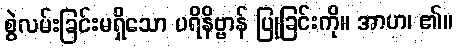
စွဲလမ်းခြင်းမရှိသော ပရိနိဗ္ဗာန် ပြုခြင်းကို။ အာဟ၊ ၏။